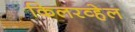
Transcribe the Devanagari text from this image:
किलरव्हेल